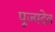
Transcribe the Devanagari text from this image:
पूज्यदेव